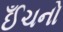
ઈઁચનો